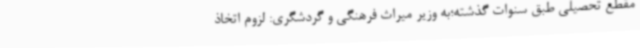
مقطع تحصیلی طبق سنوات گذشته؛به وزیر میراث فرهنگی و گردشگری: لزوم اتخاذ